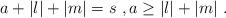
LaTeX: \begin{align*}a+|l|+|m|=s\ ,a\geq |l|+|m|\ .\end{align*}